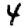
Digit: 4